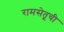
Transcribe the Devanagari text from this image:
रामसेतूची